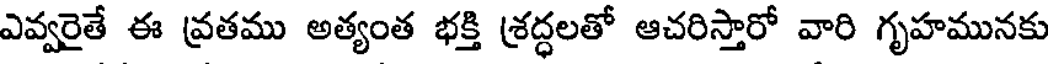
ఎవ్వరైతే ఈ వ్రతము అత్యంత భక్తి శ్రద్ధలతో ఆచరిస్తారో వారి గృహమునకు